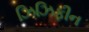
ઝિઝિફીન